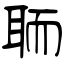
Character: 聏